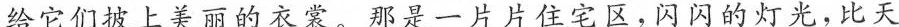
给它们披上美丽的衣裳。那是一片片住宅区，闪闪的灯光，比天